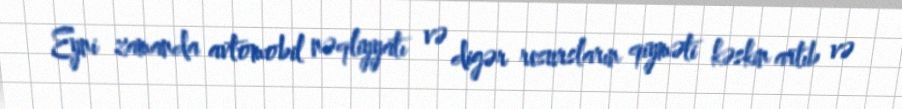
Eyni zamanda avtomobil nəqliyyatı və digər resursların qiyməti kəskin artıb və